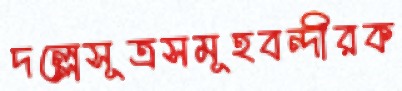
দল্লেসূত্রসমূহবন্দীরক